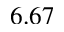
6 . 6 7